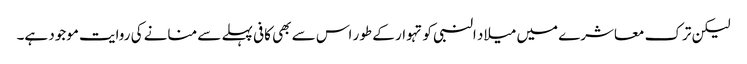
لیکن ترک معاشرے میں میلاد النبی کو تہوار کے طور اس سے بھی کافی پہلے سے منانے کی روایت موجود ہے۔